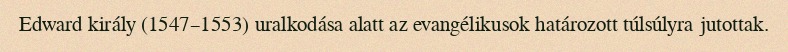
Edward király (1547–1553) uralkodása alatt az evangélikusok határozott túlsúlyra jutottak.